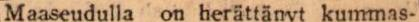
Maaseudulla on herättänyt kummas-